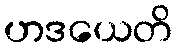
ဟဒယေတိ